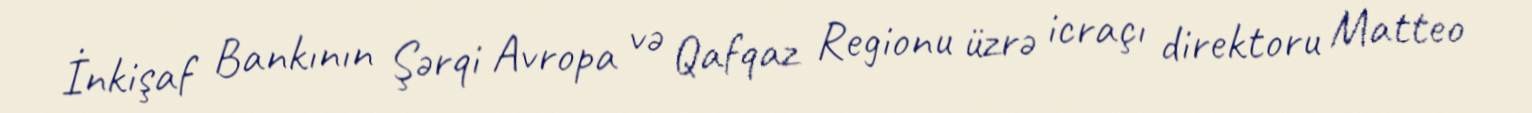
İnkişaf Bankının Şərqi Avropa və Qafqaz Regionu üzrə icraçı direktoru Matteo